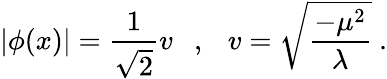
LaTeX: |\phi(x)|=\frac{1}{\sqrt{2}}v\ \ \ ,\ \ \ v=\sqrt{\frac{-\mu^{2}}{\lambda}}\ .